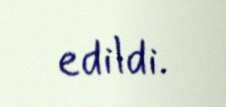
edildi.